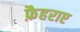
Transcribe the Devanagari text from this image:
फ़ैहराए